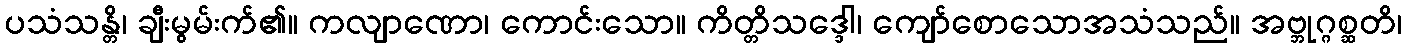
ပသံသန္တိ၊ ချီးမွမ်းက်၏။ ကလျာဏော၊ ကောင်းသော။ ကိတ္တိသဒ္ဒေါ၊ ကျော်စောသောအသံသည်။ အဗ္ဘုဂ္ဂစ္ဆတိ၊